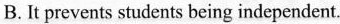
B.It prevents students being independent.